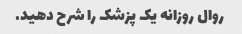
روال روزانه یک پزشک را شرح دهید.